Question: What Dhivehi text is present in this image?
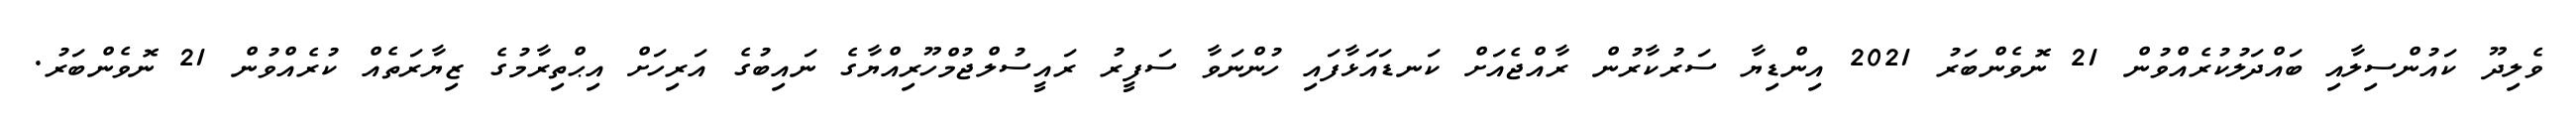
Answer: ވެލިދޫ ކައުންސިލާއި ބައްދަލުކުރެއްވުން 21 ނޮވެންބަރު 2021 އިންޑިޔާ ސަރުކާރުން ރާއްޖެއަށް ކަނޑައަޅާފައި ހުންނަވާ ސަފީރު ރައީސުލްޖުމްހޫރިއްޔާގެ ނައިބުގެ އަރިހަށް އިޙްތިރާމުގެ ޒިޔާރަތެއް ކުރެއްވުން 21 ނޮވެންބަރު.